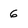
Character: 6